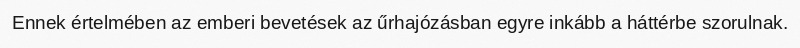
Ennek értelmében az emberi bevetések az űrhajózásban egyre inkább a háttérbe szorulnak.